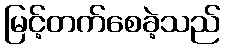
မြင့်တက်စေခဲ့သည်